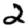
Digit: 2